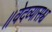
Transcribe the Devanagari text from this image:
॥वेदव्यासश्च